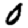
Digit: 0